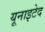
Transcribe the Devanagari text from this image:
यूनाइटेद